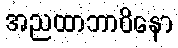
အညထာဘာဝိနော